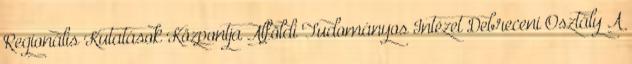
Regionális Kutatások Központja Alföldi Tudományos Intézet Debreceni Osztály A